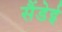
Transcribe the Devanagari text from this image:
सैंडेई